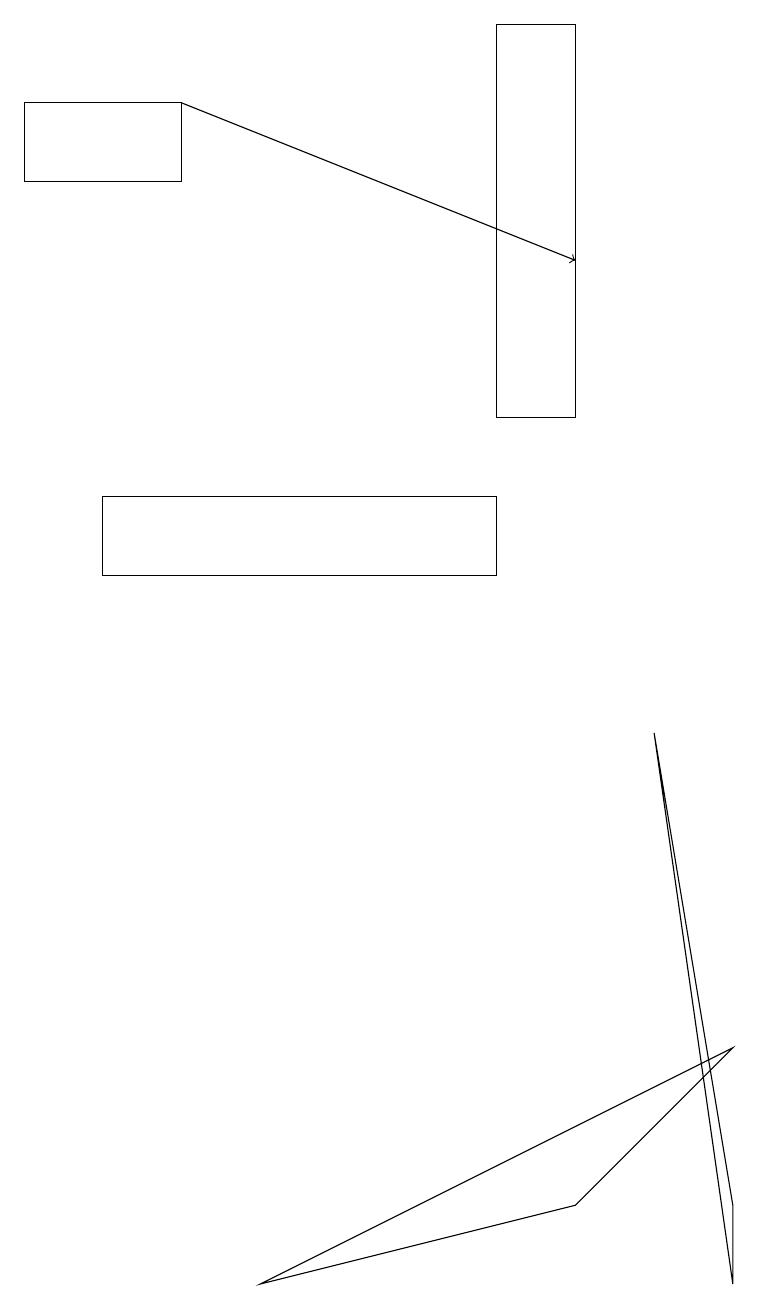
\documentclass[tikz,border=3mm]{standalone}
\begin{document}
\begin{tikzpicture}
\draw[->] (2,17) -- (7,15);
\draw (1,11) rectangle (6,12);
\draw (3,2) -- (9,5) -- (7,3) -- cycle;
\draw (6,13) rectangle (7,18);
\draw (2,17) rectangle (0,16);
\draw (9,2) -- (9,3) -- (8,9) -- cycle;
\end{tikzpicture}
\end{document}